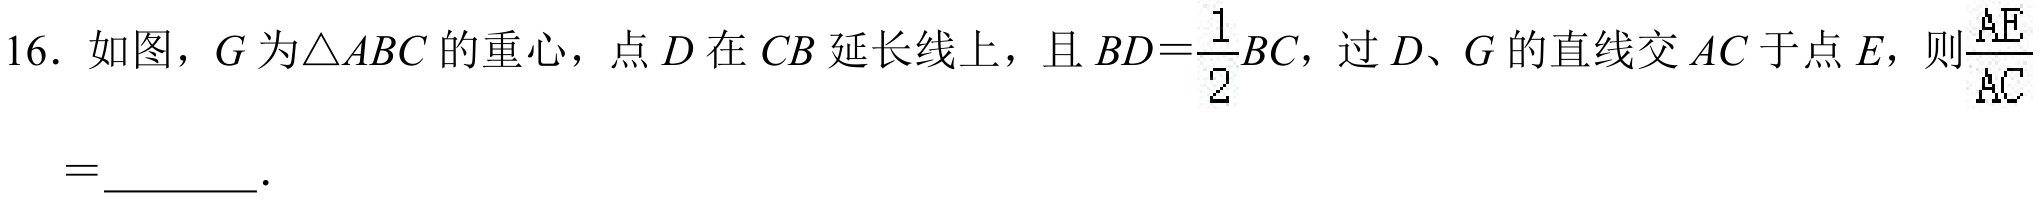
16. 如图，\(G\)为\(\triangle ABC\)的重心，点\(D\)在\(CB\)延长线上，且\(BD = \frac{1}{2}BC\)，过\(D\)、\(G\)的直线交\(AC\)于点\(E\)，则\(\frac{AE}{AC}=\underline{\quad\quad}\).